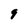
Character: 9